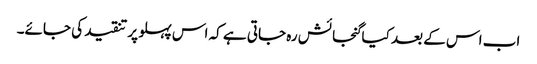
اب اس کے بعد کیا گنجائش رہ جاتی ہے کہ اس پہلو پر تنقید کی جائے۔